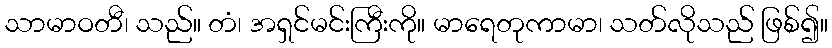
သာမာဝတီ၊ သည်။ တံ၊ အရှင်မင်းကြီးကို။ မာရေတုကာမာ၊ သတ်လိုသည် ဖြစ်၍။